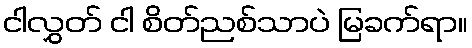
ငါလွှတ် ငါ စိတ်ညစ်သာပဲ မြခက်ရာ။